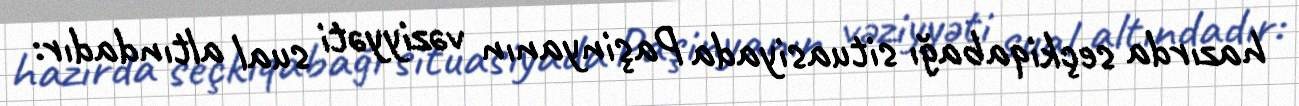
hazırda seçkiqabağı situasiyada Paşinyanın vəziyyəti sual altındadır: